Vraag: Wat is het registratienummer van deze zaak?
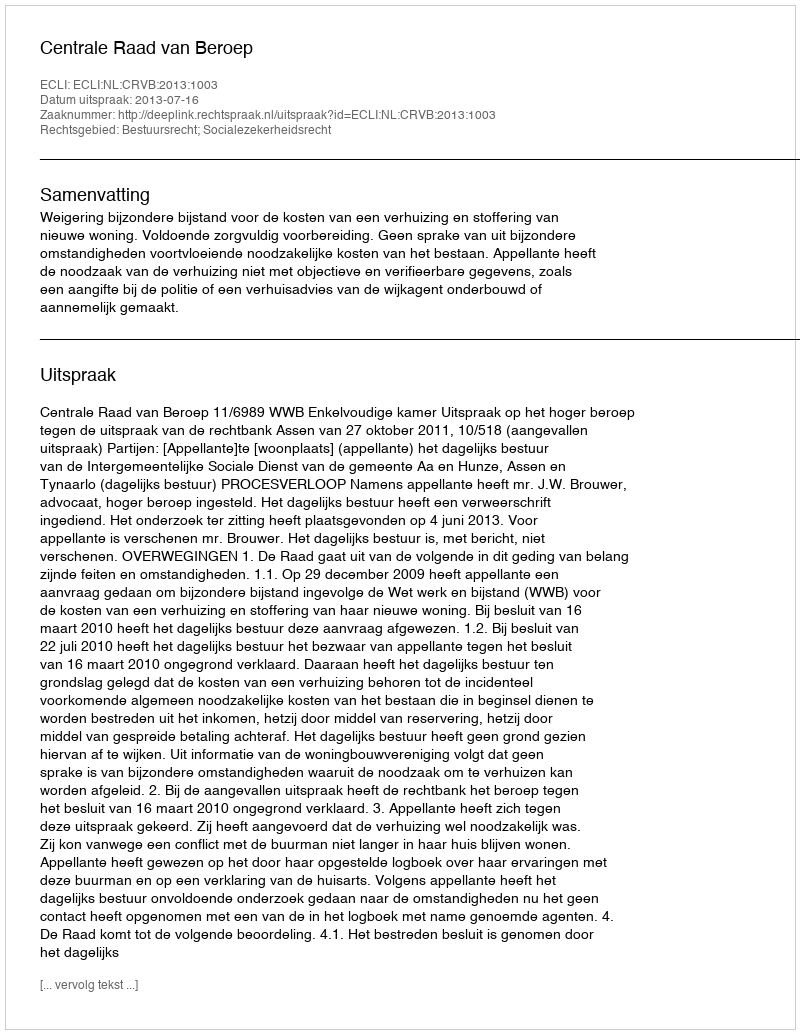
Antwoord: http://deeplink.rechtspraak.nl/uitspraak?id=ECLI:NL:CRVB:2013:1003